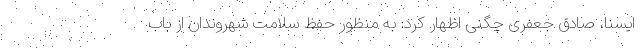
ایسنا، صادق جعفری چگنی اظهار کرد: به منظور حفظ سلامت شهروندان از باب